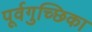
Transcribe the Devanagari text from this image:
पूर्वगुच्छिका